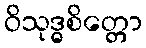
ဝိသုဒ္ဓစိတ္တော